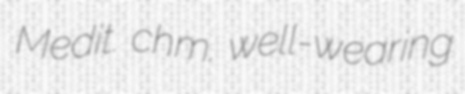
Medit. chm. well-wearing